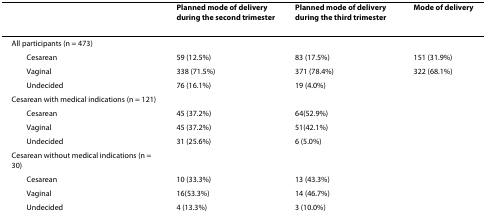
|  | Planned mode of delivery during the second trimester | Planned mode of delivery during the third trimester | Mode of delivery |
 | --- | --- | --- | --- |
 | All participants (n = 473) |  |  |  |
 | Cesarean | 59 (12.5%) | 83 (17.5%) | 151 (31.9%) |
 | Vaginal | 338 (71.5%) | 371 (78.4%) | 322 (68.1%) |
 | Undecided | 76 (16.1%) | 19 (4.0%) |  |
 | Cesarean with medical indications (n = 121) |  |  |  |
 | Cesarean | 45 (37.2%) | 64(52.9%) |  |
 | Vaginal | 45 (37.2%) | 51(42.1%) |  |
 | Undecided | 31 (25.6%) | 6 (5.0%) |  |
 | Cesarean without medical indications (n = 30) |  |  |  |
 | Cesarean | 10 (33.3%) | 13 (43.3%) |  |
 | Vaginal | 16(53.3%) | 14 (46.7%) |  |
 | Undecided | 4 (13.3%) | 3 (10.0%) |  |